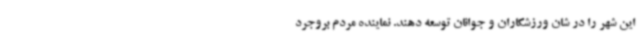
این شهر را در شان ورزشکاران و جوانان توسعه دهند. نماینده مردم بروجرد